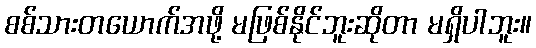
စစ်သားတယောက်အဖို့ မဖြစ်နိုင်ဘူးဆိုတာ မရှိပါဘူး။